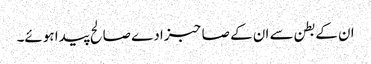
ان کے بطن سے ان کے صاحبزادے صالح پیدا ہوئے۔